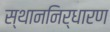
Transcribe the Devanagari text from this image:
स्थाननिर्धारण